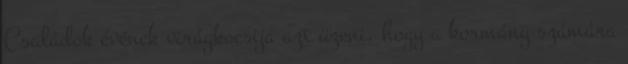
Családok évének virágkocsija azt üzeni, hogy a kormány számára